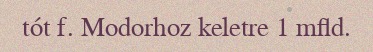
tót f. Modorhoz keletre 1 mfld.